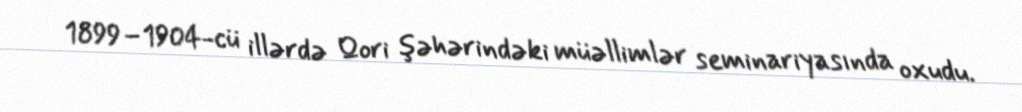
1899–1904-cü illərdə Qori şəhərindəki müəllimlər seminariyasında oxudu.